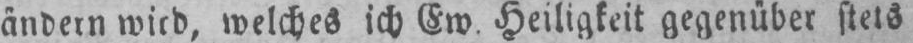
ändern wird, welches ich Ew. Heiligkeit gegenüber stets